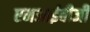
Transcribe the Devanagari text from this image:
एमआईबीजी